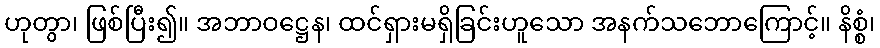
ဟုတွာ၊ ဖြစ်ပြီး၍။ အဘာဝဋ္ဌေန၊ ထင်ရှားမရှိခြင်းဟူသော အနက်သဘောကြောင့်။ နိစ္စံ၊